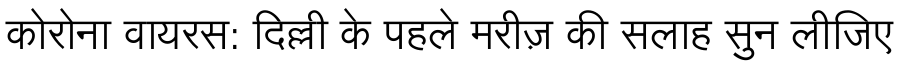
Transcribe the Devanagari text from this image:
कोरोना वायरस: दिल्ली के पहले मरीज़ की सलाह सुन लीजिए